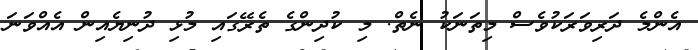
އެންމެ ދަރިވަރަކުވެސް މިތަނަކު ނެތް. މި ކުދިންގެ ތެރޭގައި މުޅި ދުނިޔެއިން އެއްވަނަ